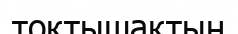
тоқтышақтың